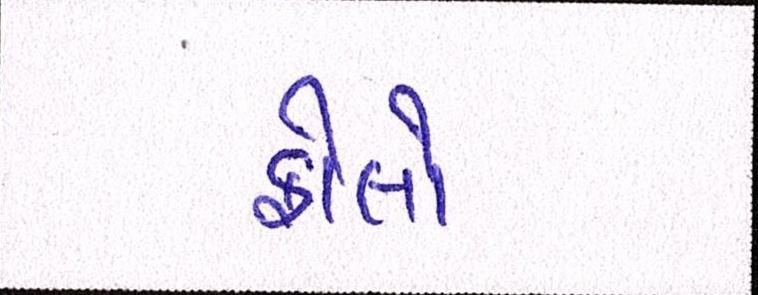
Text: ફોલો